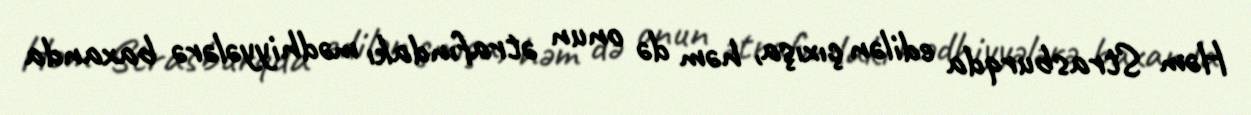
Həm Strasburqda edilən çıxışa, həm də onun ətrafındakı mədhiyyələrə baxanda